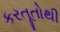
કરતૂતોથી